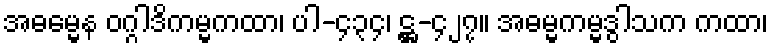
အဓမ္မေန ဝဂ္ဂါဒိကမ္မကထာ၊ ပါ-၄၃၄၊ ဋ္ဌ-၄၂၇။ အဓမ္မကမ္မဒွါသက ကထာ၊